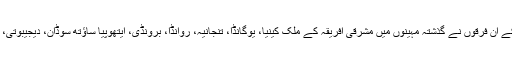
گاجر میں چھپی ایک رپورٹ کے مطابق ہڈیوں کے ان فرقوں نے گذشتہ مہینوں میں مشرقی افریقہ کے ملک کینیا، یوگانڈا، تنجانیہ، روانڈا، برونڈی، ایتھوپیا ساؤتھ سوڈان، دیجیبوتی، ایریتیریا اور صومالیہ میں کافی تباہی مچائی ہے۔